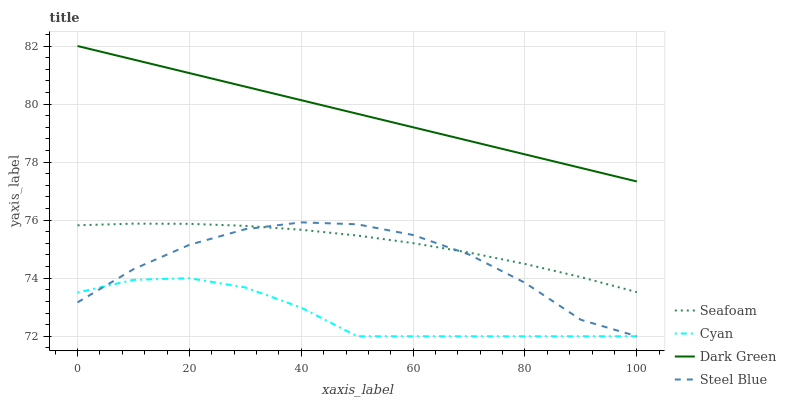
| xaxis_label | Seafoam | Cyan | Dark Green | Steel Blue |
 | --- | --- | --- | --- | --- |
 | 0 | 75.8 | 73.5 | 82 | 73.2 |
 | 10 | 75.9 | 73.9 | 81.5 | 74.3 |
 | 20 | 75.9 | 74 | 81.1 | 75.2 |
 | 30 | 75.8 | 73.7 | 80.6 | 75.7 |
 | 40 | 75.7 | 73 | 80.1 | 75.9 |
 | 50 | 75.5 | 72 | 79.7 | 75.9 |
 | 60 | 75.2 | 72 | 79.2 | 75.5 |
 | 70 | 74.9 | 72 | 78.7 | 74.8 |
 | 80 | 74.5 | 72 | 78.3 | 73.8 |
 | 90 | 74 | 72 | 77.8 | 72.6 |
 | 100 | 73.5 | 72 | 77.3 | 72 |